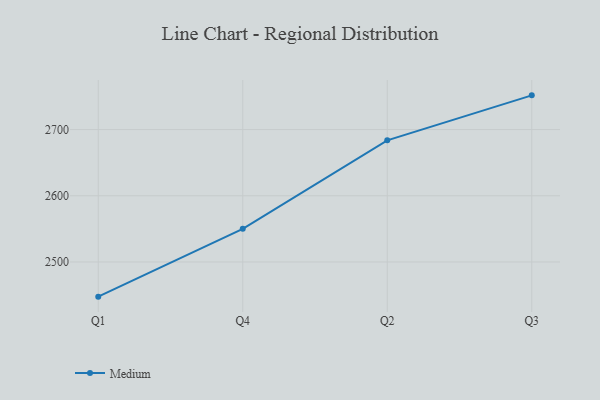
{"axis": {"x": "Quarter", "y": "Headcount"}, "legend": ["Medium"], "data": [{"x": "Q1", "y": 2447.6, "type": "Medium"}, {"x": "Q4", "y": 2550.1, "type": "Medium"}, {"x": "Q2", "y": 2683.8, "type": "Medium"}, {"x": "Q3", "y": 2751.7, "type": "Medium"}]}